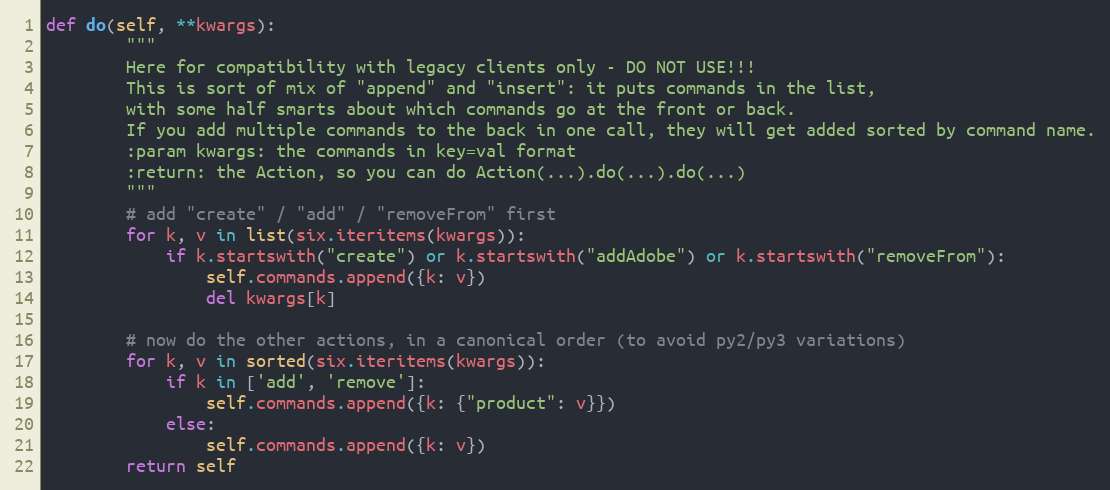
Language: Python
def do(self, **kwargs):
        """
        Here for compatibility with legacy clients only - DO NOT USE!!!
        This is sort of mix of "append" and "insert": it puts commands in the list,
        with some half smarts about which commands go at the front or back.
        If you add multiple commands to the back in one call, they will get added sorted by command name.
        :param kwargs: the commands in key=val format
        :return: the Action, so you can do Action(...).do(...).do(...)
        """
        # add "create" / "add" / "removeFrom" first
        for k, v in list(six.iteritems(kwargs)):
            if k.startswith("create") or k.startswith("addAdobe") or k.startswith("removeFrom"):
                self.commands.append({k: v})
                del kwargs[k]

        # now do the other actions, in a canonical order (to avoid py2/py3 variations)
        for k, v in sorted(six.iteritems(kwargs)):
            if k in ['add', 'remove']:
                self.commands.append({k: {"product": v}})
            else:
                self.commands.append({k: v})
        return self